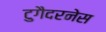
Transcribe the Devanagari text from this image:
टुगैदरनेस